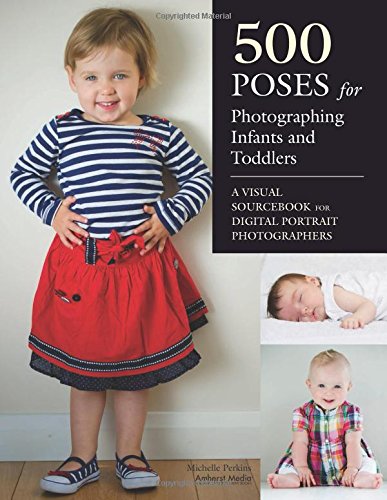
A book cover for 500 Poses for Photographing Infants and Toddlers: A Visual Sourcebook for Digital Portrait Photographers; Michelle Perkins; Arts & Photography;